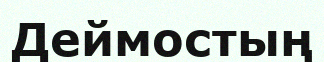
Деймостың